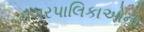
નગરપાલિકાઓનો